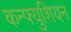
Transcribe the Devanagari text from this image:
कन्फ्युशियन